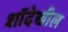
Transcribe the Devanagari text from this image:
शॉदेखील